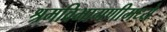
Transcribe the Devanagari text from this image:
श्रमविभागणीमध्ये